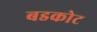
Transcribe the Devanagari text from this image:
बडकोट